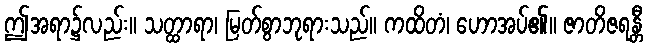
ဤအရာ၌လည်း။ သတ္ထာရာ၊ မြတ်စွာဘုရားသည်။ ကထိတံ၊ ဟောအပ်၏။ ဇာတိဇရန္တီ